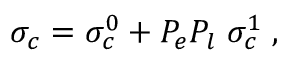
\sigma _ { c } = \sigma _ { c } ^ { 0 } + P _ { e } P _ { l } \; \sigma _ { c } ^ { 1 } \; ,